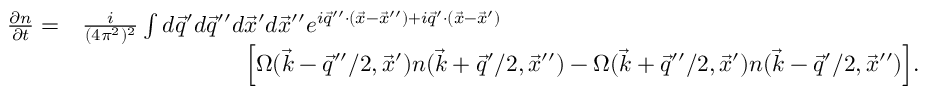
\begin{array} { r l } { \frac { \partial n } { \partial t } = } & { \frac { i } { ( 4 \pi ^ { 2 } ) ^ { 2 } } \int d \vec { q } ^ { \prime } d \vec { q } ^ { \prime \prime } d \vec { x } ^ { \prime } d \vec { x } ^ { \prime \prime } e ^ { i \vec { q } ^ { \prime \prime } \cdot ( \vec { x } - \vec { x } ^ { \prime \prime } ) + i \vec { q } ^ { \prime } \cdot ( \vec { x } - \vec { x } ^ { \prime } ) } } \\ & { \ \ \ \ \ \ \ \ \ \ \ \ \ \ \ \ \ \ \ \ \ \Big [ \Omega ( \vec { k } - \vec { q } ^ { \prime \prime } / 2 , \vec { x } ^ { \prime } ) n ( \vec { k } + \vec { q } ^ { \prime } / 2 , \vec { x } ^ { \prime \prime } ) - \Omega ( \vec { k } + \vec { q } ^ { \prime \prime } / 2 , \vec { x } ^ { \prime } ) n ( \vec { k } - \vec { q } ^ { \prime } / 2 , \vec { x } ^ { \prime \prime } ) \Big ] . } \end{array}